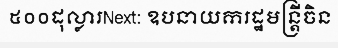
៥០០ដុល្លារNext: ឧបនាយករដ្ឋមន្ត្រីចិន